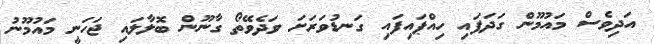
އަދިވެސް މައުމޫން ގަދަފައި ހިއްޕައިފައި ގަނޑުވަރަށަ ވަދެވޭތޯ ގާނޫން ބޮލާލައި ޖަހަނީ މައުމޫނު